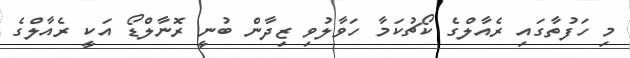
މި ހަފުތާގައި ރެއާލްގެ ކޯޗުކަމާ ހަވާލުވި ޒިދާން ބުނީ ރޮނާލްޑޯ އަކީ ރެއާލްގެ